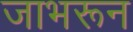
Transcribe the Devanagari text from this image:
जाभरून